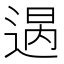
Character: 𨔒